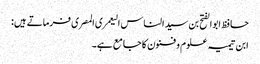
حافظ ابوالفتح بن سید الناس الیعمری المصری فرماتے ہیں:
ابن تیمیہ علوم و فنون کا جامع ہے۔